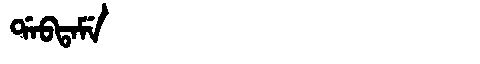
Manchu: ᡩᠠᠪᡨᠠᠮᡝ
Romanization: DABTAME